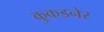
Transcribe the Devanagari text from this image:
कुकडनेर